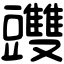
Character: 䝄